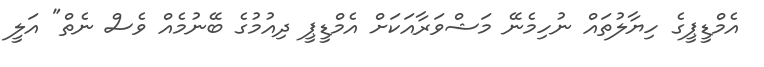
އެމްޑީޕީގެ ހިޔާލުތައް ނުހިމެނޭ މަޝްވަރާއަކަށް އެމްޑީޕީ ދިއުމުގެ ބޭނުމެއް ވެސް ނެތް" އަލީ